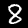
Label: 8